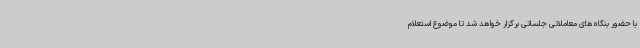
با حضور بنگاه‌های معاملاتی جلساتی برگزار خواهد شد تا موضوع استعلام